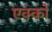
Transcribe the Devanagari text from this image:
एक्को